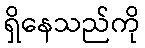
ရှိနေသည်ကို